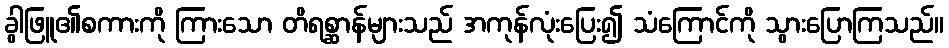
ခွါဖြူ၏စကားကို ကြားသော တိရစ္ဆာန်များသည် အကုန်လုံးပြေး၍ သံကြောင်ကို သွားပြောကြသည်။